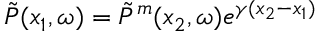
\Tilde { P } ( x _ { 1 } , \omega ) = \Tilde { P } ^ { m } ( x _ { 2 } , \omega ) e ^ { \gamma ( x _ { 2 } - x _ { 1 } ) }